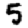
Digit: 5